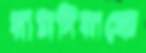
রামদিয়াকে